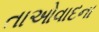
તાઓવાદના